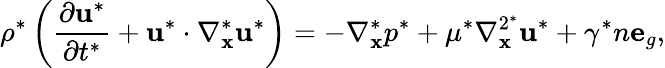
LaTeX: \rho^{*}\left(\frac{\partial\mathbf{u}^{*}}{\partial t^{*}}+\mathbf{u}^{*}\cdot\nabla_{\mathbf{x}}^{*}\mathbf{u}^{*}\right)=-\nabla_{\mathbf{x}}^{*}p^{*}+\mu^{*}\nabla_{\mathbf{x}}^{2^{*}}\mathbf{u}^{*}+\gamma^{*}n\mathbf{e}_{g},